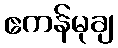
ဧကန်မုချ